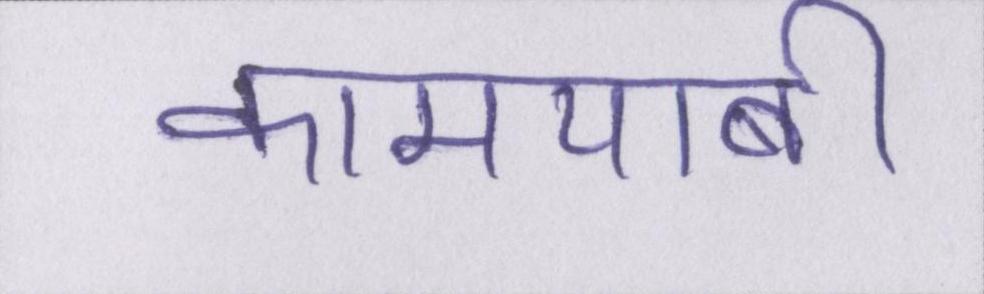
कामयाबी